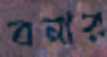
বনার